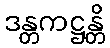
ဒန္တကဋ္ဌန္တိ